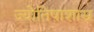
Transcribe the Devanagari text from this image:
ज्योतिषाशास्र